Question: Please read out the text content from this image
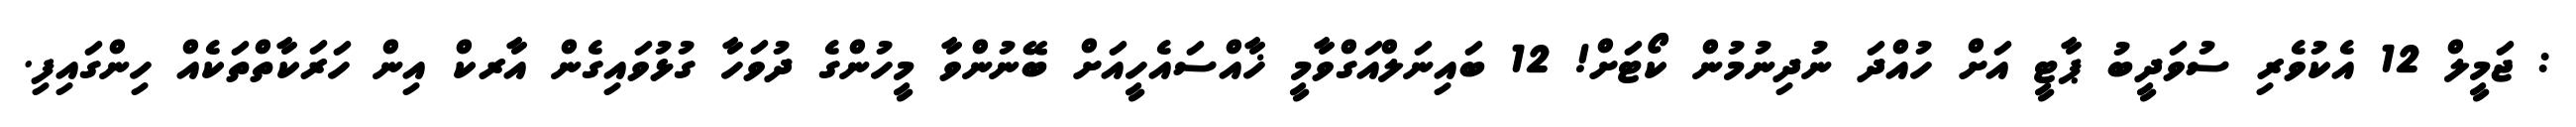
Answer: : ޖަމީލް 12 އެކުވެރި ސުވަދީބު ޕާޓީ އަށް ހުއްދަ ނުދިނުމުން ކޯޓަށް! 12 ބައިނަލްއަގްވާމީ ޚާއްސައެހީއަށް ބޭނުންވާ މީހުންގެ ދުވަހާ ގުޅުވައިގެން އާރކް އިން ހަރަކާތްތަކެއް ހިންގައިފި.